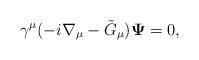
LaTeX: \begin{align*}\gamma^\mu(-i\nabla_\mu -\tilde G_\mu){\bf \Psi} =0 ,\end{align*}